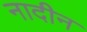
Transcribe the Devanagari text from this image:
नादीन